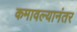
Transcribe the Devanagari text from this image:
कमावल्यानंतर